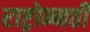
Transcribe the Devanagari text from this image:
राष्ट्रोन्नत्ती